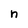
Character: n